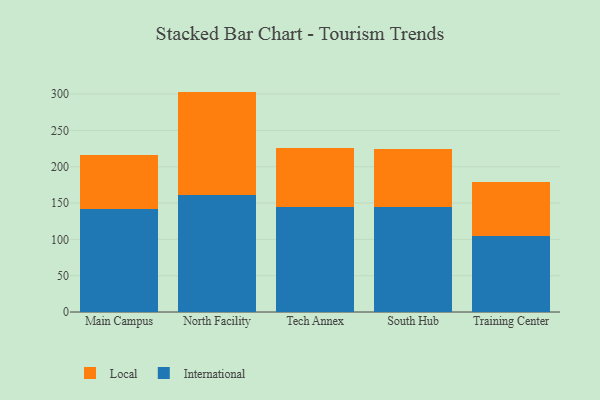
{"axis": {"x": "Campus", "y": "Customer Acquisition Cost (USD)"}, "legend": ["International", "Local"], "data": [{"x": "Main Campus", "y": 142.1, "type": "International"}, {"x": "Main Campus", "y": 74.3, "type": "Local"}, {"x": "North Facility", "y": 160.5, "type": "International"}, {"x": "North Facility", "y": 143.0, "type": "Local"}, {"x": "Tech Annex", "y": 144.1, "type": "International"}, {"x": "Tech Annex", "y": 81.3, "type": "Local"}, {"x": "South Hub", "y": 144.2, "type": "International"}, {"x": "South Hub", "y": 79.7, "type": "Local"}, {"x": "Training Center", "y": 104.4, "type": "International"}, {"x": "Training Center", "y": 75.2, "type": "Local"}]}